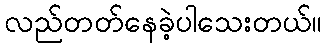
လည်တတ်နေခဲ့ပါသေးတယ်။